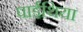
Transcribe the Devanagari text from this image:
पाईथिया